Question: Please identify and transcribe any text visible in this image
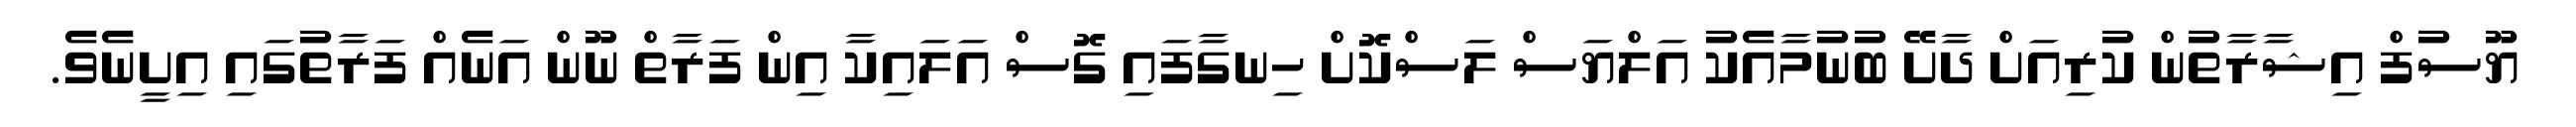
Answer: ޔޫސުފް އިޝާރާތުން ކުރިއަށް ދާށޭ ބުނުމާއެކު އަލްޔަސް ލަސްކޮށް ހިނގާފައި ގޮސް އަލައިކާ އިން ފަރާތް ނޫން އަނެއް ފަރާތުގައި އިށީނެވެ.